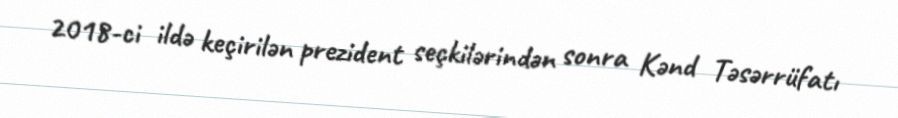
2018-ci ildə keçirilən prezident seçkilərindən sonra Kənd Təsərrüfatı